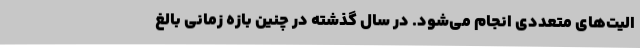
الیت‌های متعددی انجام می‌شود. در سال گذشته در چنین بازه زمانی بالغ